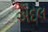
એદલ